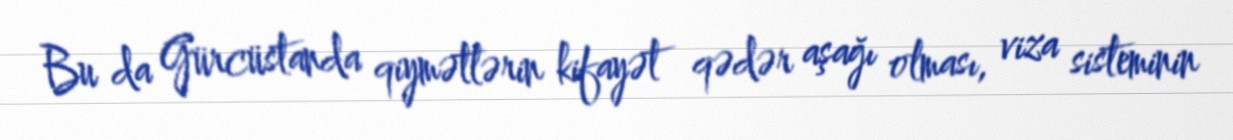
Bu da Gürcüstanda qiymətlərin kifayət qədər aşağı olması, viza sisteminin